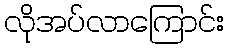
လိုအပ်လာကြောင်း